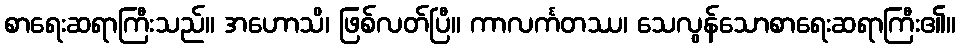
စာရေးဆရာကြီးသည်။ အဟောသိ၊ ဖြစ်လတ်ပြီ။ ကာလင်္ကတဿ၊ သေလွန်သောစာရေးဆရာကြီး၏။